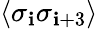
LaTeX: \langle\sigma_{\mathbf{i}}\sigma_{\mathbf{i}+3}\rangle